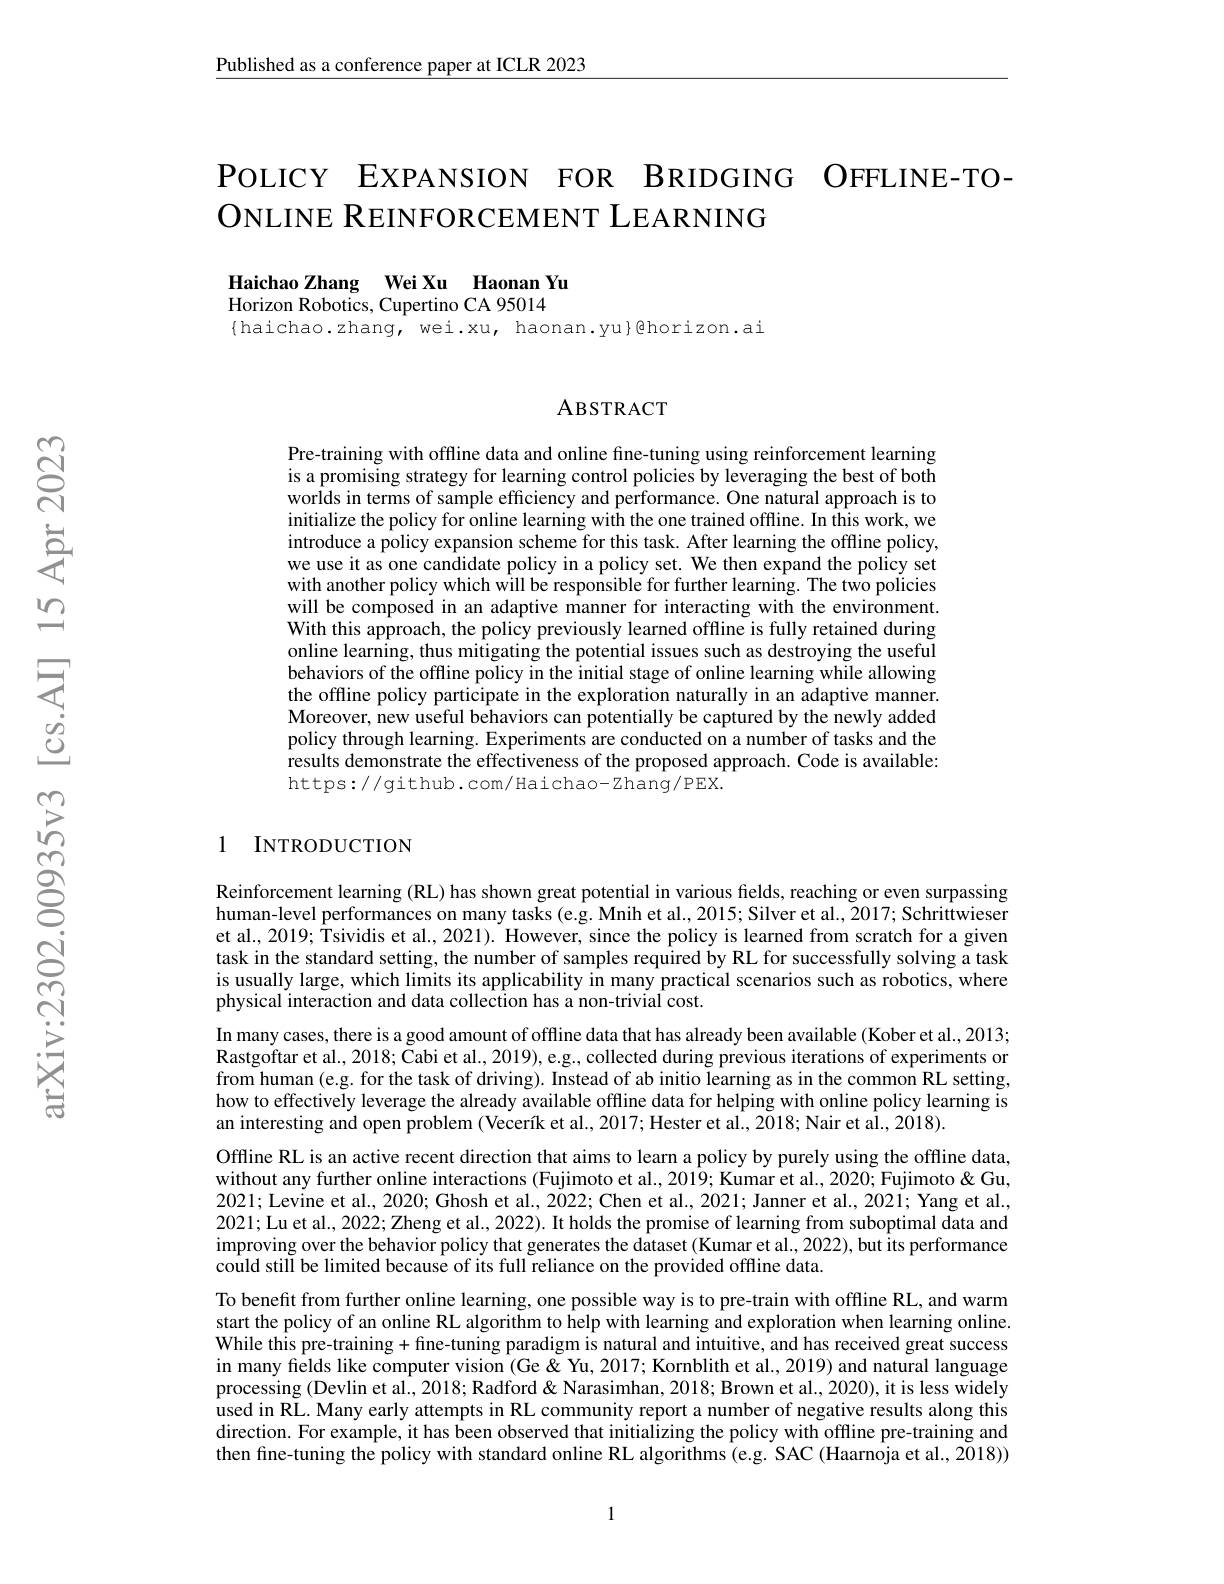
Published as a conference paper at ICLR 2023

# POLICY EXPANSION FOR BRIDGING OFFLINE-TOONLINE REINFORCEMENT LEARNING

Haichao Zhang Wei Xu Haonan Yu
Horizon Robotics, Cupertino CA 95014
$\{$haichao.zhang, wei.xu, haonan.yu}@horizon.ai

ABSTRACT

Pre-training with offline data and online fine-tuning using reinforcement learning is a promising strategy for learning control policies by leveraging the best of both worlds in terms of sample efficiency and performance. One natural approach is to initialize the policy for online learning with the one trained offline. In this work, we introduce a policy expansion scheme for this task. After learning the offline policy, we use it as one candidate policy in a policy set. We then expand the policy set with another policy which will be responsible for further learning. The two policies will be composed in an adaptive manner for interacting with the environment. With this approach, the policy previously learned offline is fully retained during online learning, thus mitigating the potential issues such as destroying the useful behaviors of the offline policy in the initial stage of online learning while allowing the offline policy participate in the exploration naturally in an adaptive manner. Moreover, new useful behaviors can potentially be captured by the newly added policy through learning. Experiments are conducted on a number of tasks and the results demonstrate the effectiveness of the proposed approach. Code is available: https://github.com/Haichao-Zhang/PEX.

### 1 INTRODUCTION

Reinforcement learning (RL) has shown great potential in various fields, reaching or even surpassing human-level performances on many tasks (e.g. Mnih et al., 2015; Silver et al., 2017; Schrittwieser et al., 2019; Tsividis et al., 2021). However, since the policy is learned from scratch for a given task in the standard setting, the number of samples required by RL for successfully solving a task is usually large, which limits its applicability in many practical scenarios such as robotics, where physical interaction and data collection has a non-trivial cost.
In many cases, there is a good amount of offline data that has already been available (Kober et al., 2013; Rastgoftar et al., 2018; $\tilde{\text{Cabi et al., 2019}})$,e.g., collected during previous iterations of experiments or from human (e.g. for the task of driving). Instead of ab initio learning as in the common RL setting, how to effectively leverage the already available offline data for helping with online policy learning is an interesting and open problem (Vecerík et al., 2017; Hester et al., 2018; Nair et al., 2018).
Offline RL is an active recent direction that aims to learn a policy by purely using the offline data, without any further online interactions (Fujimoto et al., 2019; Kumar et al., 2020; Fujimoto & Gu, 2021; Levine et al., 2020; Ghosh et al., 2022; Chen et al., 2021; Janner et al., 2021; Yang et al., 2021; Lu et al., 2022; Zheng et al., 2022). It holds the promise of learning from suboptimal data and improving over the behavior policy that generates the dataset (Kumar et al., 2022), but its performance coûld stilî be limited becausê of its full reliance on the provided offline data.
To benefit from further online learning, one possible way is to pre-train with offline RL, and warm start the policy of an online RL algorithm to help with learning and exploration when learning online. While this pre-training + fine-tuning paradigm is natural and intuitive, and has received great success in many fields like computer vision (Ge & Yu, 2017; Kornblith et al., 2019) and natural language processing (Devlin et al., 2018; Radford& Narasimhan, 2018; Brown et al., 2020), it is less widely used in RL. Many early attempts in RL community report a number of negative results along this direction. For example, it has been observed that initializing the policy with offline pre-training and then fine-tuning the policy with standard online RL algorithms (e.g. SAC (Haarnoja et al., 2018))

1